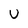
Character: U